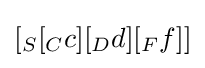
[_{S}[_{C}c][_{D}d][_{F}f]]